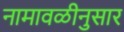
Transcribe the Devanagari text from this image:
नामावळीनुसार